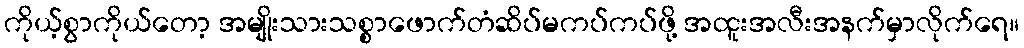
ကိုယ့်စွာကိုယ်တော့ အမျိုးသားသစ္စာဖောက်တံဆိပ်မကပ်ကပ်ဖို့ အထူးအလီးအနက်မှာလိုက်ရေ။